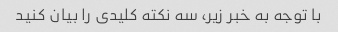
با توجه به خبر زیر، سه نکته کلیدی را بیان کنید